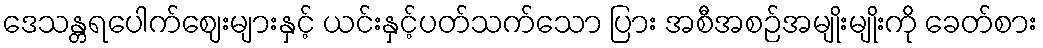
ဒေသန္တရပေါက်ဈေးများနှင့် ယင်းနှင့်ပတ်သက်သော ပြား အစီအစဉ်အမျိုးမျိုးကို ခေတ်စား